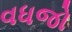
વધજો